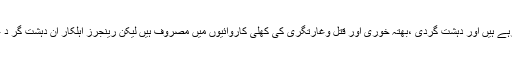
انہوں نے کہا کہ دہشت گرد شہر بھر میں آزادانہ طور پر دندناتے پھر رہے ہیں اور دہشت گردی ،بھتہ خوری اور قتل وغارتگری کی کھلی کاروائیوں میں مصروف ہیں لیکن رینجرز اہلکار ان دہشت گر د عناصر کو گرفتار کرنے کے بجائے الٹا ان کی پشت پناہی کر رہے ہیں۔